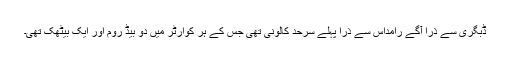
ڈبگری سے ذرا آگے رامداس سے ذرا پہلے سرحد کالونی تھی جس کے ہر کوارٹر میں دو بیڈ روم اور ایک بیٹھک تھی۔